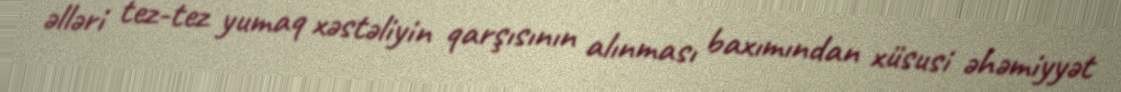
əlləri tez-tez yumaq xəstəliyin qarşısının alınması baxımından xüsusi əhəmiyyət